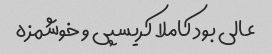
عالی بود کاملا کریسپی و خوشمزه